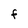
Character: F